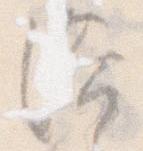
浴